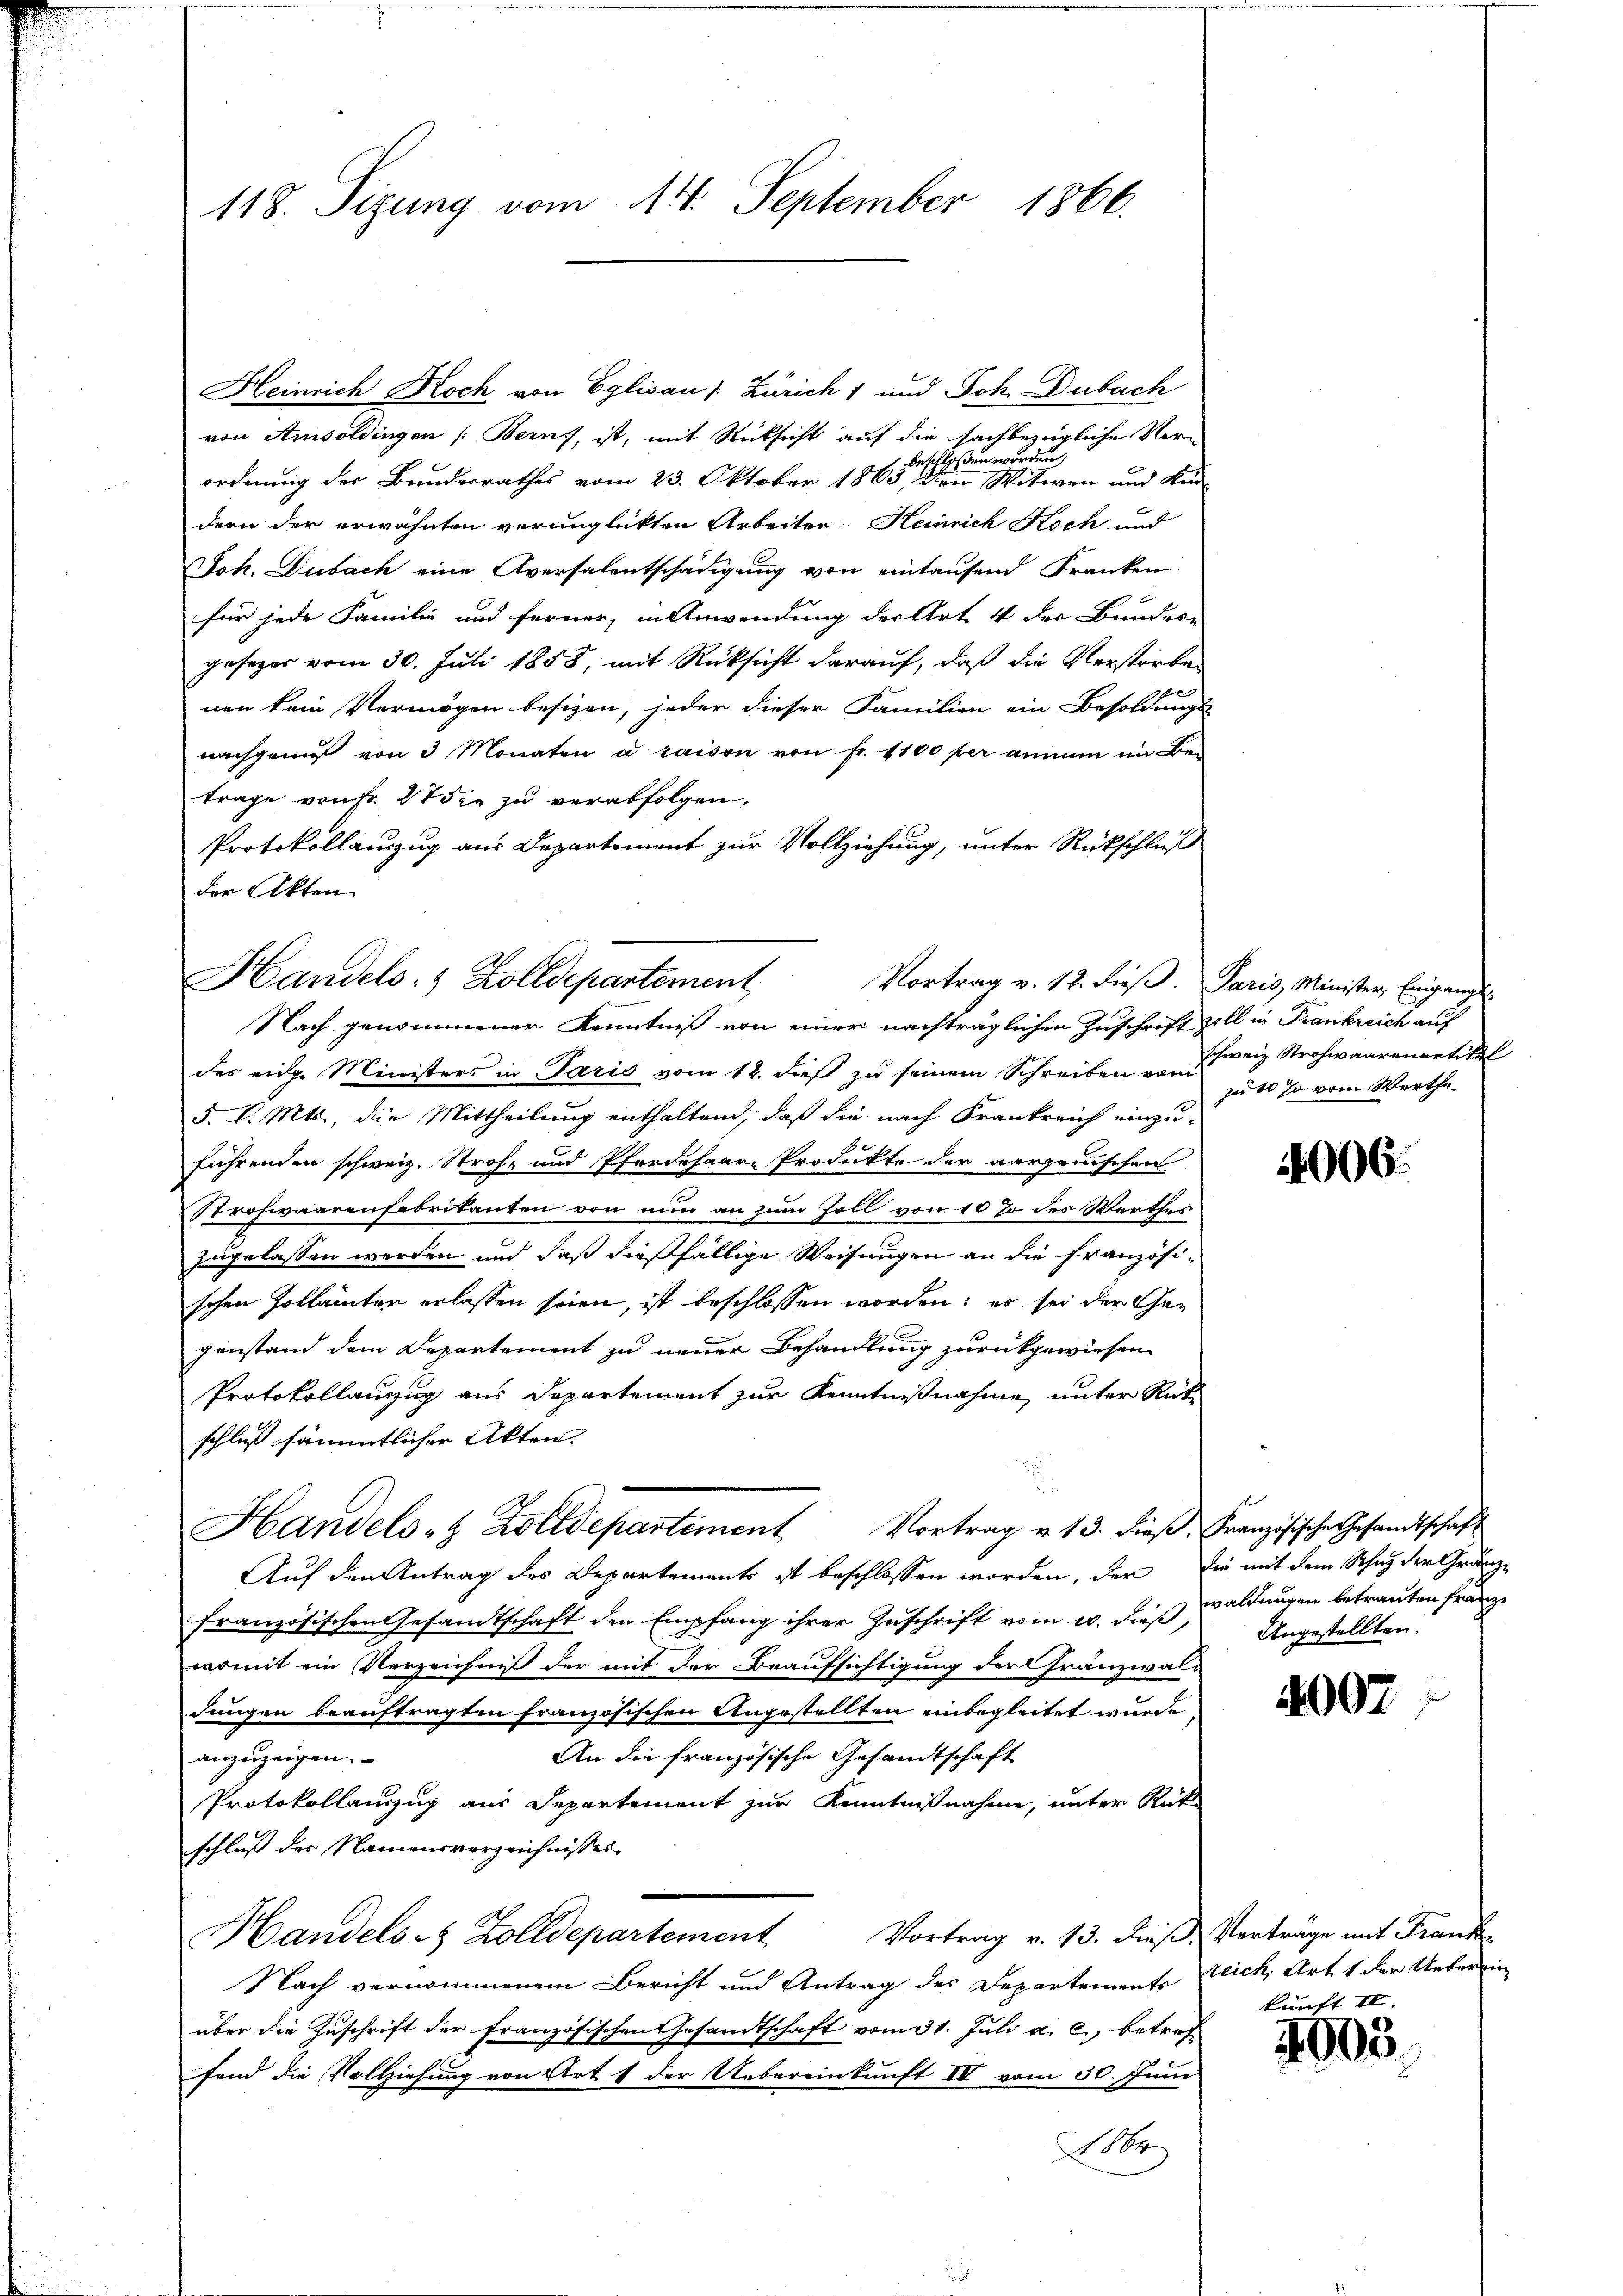
118. Sizung vom 11. September 1866.

Heinrich Koch von Eglisau (: Zürich 1 und Joh. Dubach
von Amsoldingen (Berns, ist, mit Rücksicht auf die sachbezügliche Verloßen worden,
e
ordnung der Bundesrathes vom 23. Oktober 1863, den Witwen und Kin-
dern der erwähnten verunglickten Arbeiten. Heinrich Koch und
Joh. Dubach eine Aversalentschädigung von eintausend Franken
für jede Familie und ferner, in Anwendung der Art 4 der Bundes-
gesezes vom 30. Juli 1858, mit Rücksicht darauf, daß die Verstorbe
nen kein Vermögen besizen, jeder dieser Familien ein Besoldungs-
nachgenug von 3 Monaten à raison von Fr. 1100 per annum im Betrage von fr. 275 zu zu verabfolgen,
Protokollauszug aus Departement zur Vollziehung, unter Rückschluß
der Akten
Handels- & Zolldepartement
Nach genommener Kenntniß von einer nachträglichen Zuschrift soll in Frankreich auf
des eige Ministers in Paris vom 12. dieß zu seinem Schreiben vom
5. d. Mts., die Mittheilung enthaltend, daß die nach Frankreich einzu-
führenden schweiz. Strohe und Pferdehaare Produkte der aargauischen
Strohwaarenfabrikanten von nun an zum Zoll von 10 % des Werthes
zugelassen werden und daß dießfällige Weisungen an die französischen Zollämter erlassen seien, ist beschlossen worden; es sei der Ge¬
2
genstand dem Departement zu neuer Behandlung zurückgewiesen.
Protokollauszug aus Departement zur Kenntnißnahme, unter Rückschluß sämmtlicher Akten.
Handels- & Zolldepartement Vortrag u. 13. dieβ, Französische Gesandtschaft
Auf den Antrag des Departements ist beschlossen worden, der die mit dem Schutz der Gränze
französischen Gesandtschaft der Empfang ihrer Zuschrift vom 20. dieß waldungen betrauten franze
womit ein Verzeichnis der mit der Beaufsichtigung der Franzwal-
dungen beauftragten französischen Angestellten unbegleitet wurde
anzuzeigen.
An die französische Gesandtschaft
Protokollauszug aus Departement zur Kenntnißnahme, unter Rückschluß der Namensverzeichnisser
Vortrag v. 13. dieß, Verträge mit Frank
Handels- & Zolldepartement
Nach vernommenem Bericht und Antrag des Departemente Zeich, Art. 1 der Ueberein-
über die Zuschrift der Französischen Gesandtschaft vom 31. Juli a. c., betreffand die Vollziehung von Art. 1 der Uebereinkunft IV vom 30. Juni
1860

Vortrag v. 12. dieβ. Paris, Minister Eingang

schweiz. Strohwaarenartikel
zu 10 so vom Werthe

1006

Angestellten.

007

kunft II.

4003.